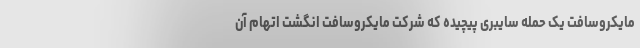
مایکروسافت یک حمله سایبری پیچیده که شرکت مایکروسافت انگشت اتهام آن